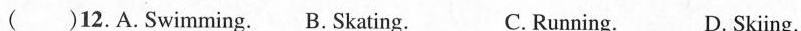
( )12.A. Swimming. B. Skating. C. Running. D. Skiing.